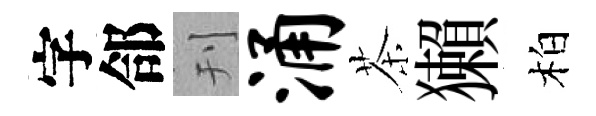
字郃刊涌茶獺柏